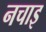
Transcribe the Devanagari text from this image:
नचाइ